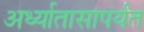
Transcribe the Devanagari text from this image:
अर्ध्यातासापर्यंत